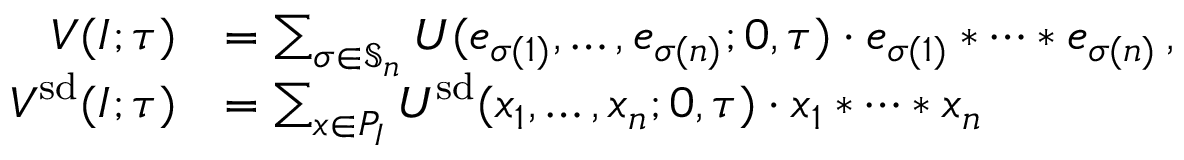
\begin{array} { r l } { V ( I ; \tau ) } & { = \sum _ { \sigma \in \mathfrak { S } _ { n } } U ( e _ { \sigma ( 1 ) } , \dotsc , e _ { \sigma ( n ) } ; 0 , \tau ) \cdot e _ { \sigma ( 1 ) } * \cdots * e _ { \sigma ( n ) } \, , } \\ { V ^ { \smash { \mathrm { s d } } } ( I ; \tau ) } & { = \sum _ { x \in P _ { I } } U ^ { \smash { \mathrm { s d } } } ( x _ { 1 } , \dotsc , x _ { n } ; 0 , \tau ) \cdot x _ { 1 } * \cdots * x _ { n } } \end{array}